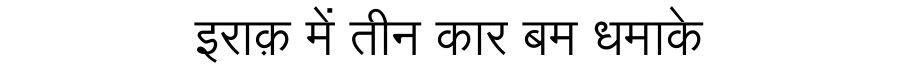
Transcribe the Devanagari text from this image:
इराक़ में तीन कार बम धमाके